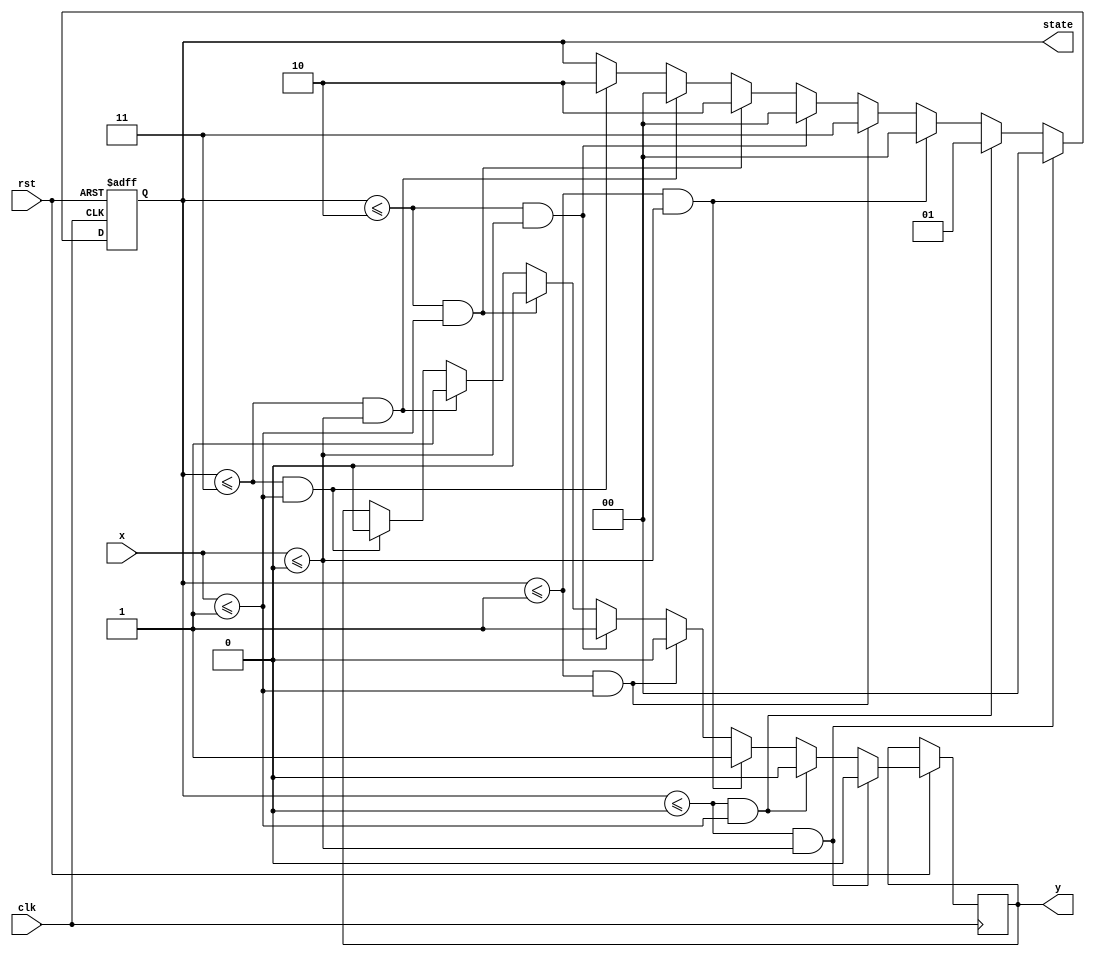

module StateMachine1(clk, rst, x, y, state);

input clk, rst, x;
output reg [1:0] state;
output reg y;

always @(negedge rst or posedge clk) begin
    if(!rst) state <= 2'b00; //rst 0 state 2'b00 . 
    else if(state <= 2'b00 && x<= 1'b0) begin {state,y} <= 3'b000; end 
    else if(state <= 2'b00 && x<= 1'b1) begin {state,y} <= 3'b010; end 
    else if(state <= 2'b01 && x<= 1'b0) begin {state,y} <= 3'b001; end
    else if(state <= 2'b01 && x<= 1'b1) begin {state,y} <= 3'b110; end
    else if(state <= 2'b10 && x<= 1'b0) begin {state,y} <= 3'b001; end
    else if(state <= 2'b10 && x<= 1'b1) begin {state,y} <= 3'b100; end
    else if(state <= 2'b11 && x<= 1'b0) begin {state,y} <= 3'b001; end
    else if(state <= 2'b11 && x<= 1'b1) begin {state,y} <= 3'b100; end
    end
    
        
endmodule